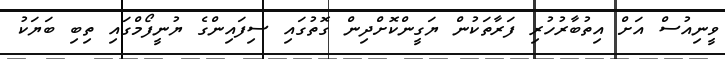
ވީނިއުސް އަށް އިތުބާރުހުރި ފަރާތަކުން ޔަގީންކޮށްދިން ގޮތުގައި ސިފައިންގެ ޔުނީފޯމްގައި ތިބި ބަޔަކު